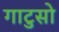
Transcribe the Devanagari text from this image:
गाटुसो